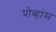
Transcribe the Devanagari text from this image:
प्रोव्हांस